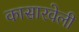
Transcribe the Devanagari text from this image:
कासारवेली